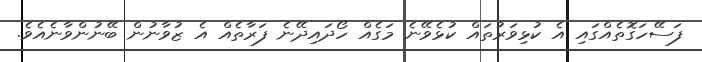
ފަސޭހަގޮތެއްގައި އެ ކުޅިވަރުތައް ކުޅެވޭނެ މަގެއް ހޯދައިދޭނެ ފަރާތެއް އެ ޒުވާނުން ބޭނުންވާނެއެވެ.